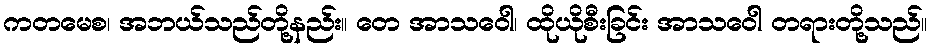
ကတမေစ၊ အဘယ်သည်တို့နည်း။ တေ အာသဝေါ၊ ထိုယိုစီးခြင်း အာသဝေါ တရားတို့သည်။